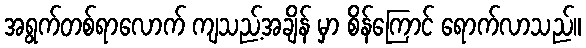
အရွက်တစ်ရာလောက် ကျသည့်အချိန် မှာ စိန်ကြောင် ရောက်လာသည်။